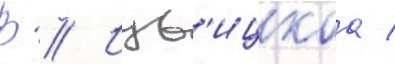
В // Изв'ицкаа /